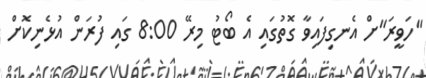
"ހަވީރަ"ށް އެނގިފައިވާ ގޮތުގައި އެ ބޯޓު މިރޭ 8:00 ގައި ފުރަން އުޅެނިކޮށް